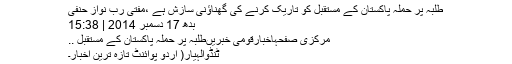
طلبہ پر حملہ پاکستان کے مستقبل کو تاریک کرنے کی گھناؤنی سازش ہے ،مفتی رب نواز حنفی
بدھ 17 دسمبر 2014 | 15:38
مرکزی صفحہاخبارقومی خبریںطلبہ پر حملہ پاکستان کے مستقبل ..
ٹنڈوالہیار( اُردو پوائنٹ تازہ ترین اخبار۔